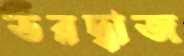
ভরদ্বাজ